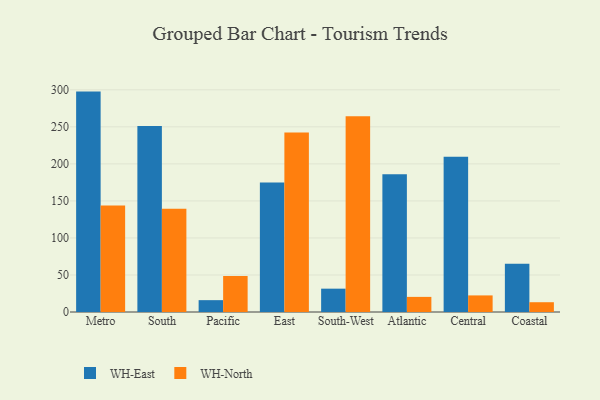
{"axis": {"x": "Region", "y": "Backlog"}, "legend": ["WH-East", "WH-North"], "data": [{"x": "Metro", "y": 297.6, "type": "WH-East"}, {"x": "Metro", "y": 143.9, "type": "WH-North"}, {"x": "South", "y": 251.1, "type": "WH-East"}, {"x": "South", "y": 139.5, "type": "WH-North"}, {"x": "Pacific", "y": 16.0, "type": "WH-East"}, {"x": "Pacific", "y": 48.6, "type": "WH-North"}, {"x": "East", "y": 174.7, "type": "WH-East"}, {"x": "East", "y": 242.3, "type": "WH-North"}, {"x": "South-West", "y": 31.5, "type": "WH-East"}, {"x": "South-West", "y": 264.4, "type": "WH-North"}, {"x": "Atlantic", "y": 185.9, "type": "WH-East"}, {"x": "Atlantic", "y": 20.4, "type": "WH-North"}, {"x": "Central", "y": 209.7, "type": "WH-East"}, {"x": "Central", "y": 22.4, "type": "WH-North"}, {"x": "Coastal", "y": 65.3, "type": "WH-East"}, {"x": "Coastal", "y": 13.2, "type": "WH-North"}]}